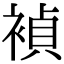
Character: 𬡥